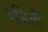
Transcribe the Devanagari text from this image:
पडिली